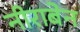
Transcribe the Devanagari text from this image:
नीराबेन